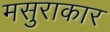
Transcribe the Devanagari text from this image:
मसुराकार